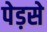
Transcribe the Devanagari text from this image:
पेड़से